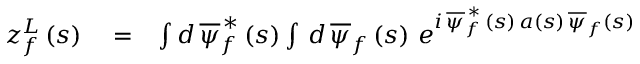
\begin{array} { r l r } { z _ { f } ^ { L } \left( s \right) } & { { } = } & { \int d \, \overline { { \psi } } _ { f } ^ { \, \ast } \left( s \right) \int \, d \, \overline { { \psi } } _ { f } \left( s \right) \, e ^ { i \, \overline { { \psi } } _ { f } ^ { \, \ast } \, \left( s \right) \, a \left( s \right) \, \overline { { \psi } } _ { f } \left( s \right) } } \end{array}